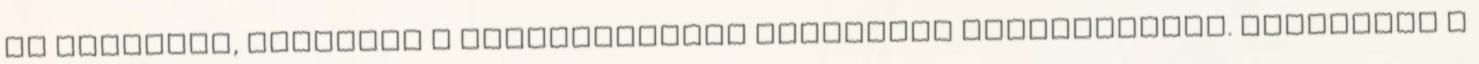
és fürdőkád, valamint a beépítésükhöz szükséges segédanyagok. Nézegesse a